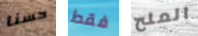
حسنا فقط الملح